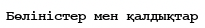
Бөліністер мен қалдықтар